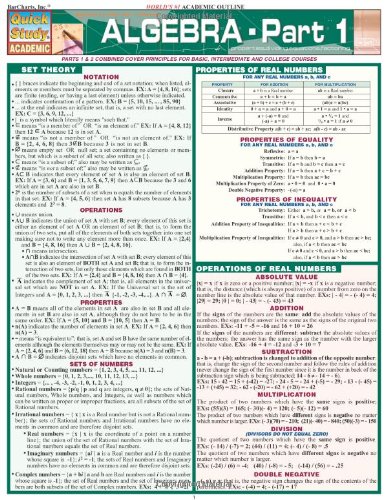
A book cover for Algebra Part 1 (Quickstudy: Academic); Inc. BarCharts; Science & Math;